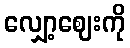
လျှော့ဈေးကို